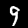
Digit: 9